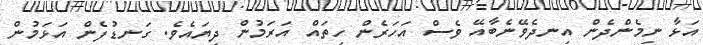
އަޅާ ނިމެންދެން އިނދެވޭނެބާއޭ ވެސް އަހަރެން ހިތައް އަރަމުން ދިޔައެވެ. ގަނޑުފެން އަޅަމުން